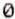
0